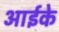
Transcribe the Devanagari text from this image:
आईके